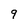
Character: 9